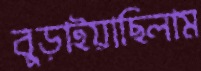
বুড়াইয়াছিলাম